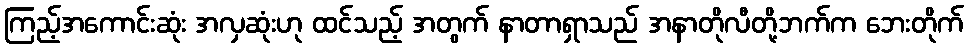
ကြည့်အကောင်းဆုံး အလှဆုံးဟု ထင်သည့် အတွက် နာတာရှာသည် အနာတိုလီတို့ဘက်က ဘေးတိုက်